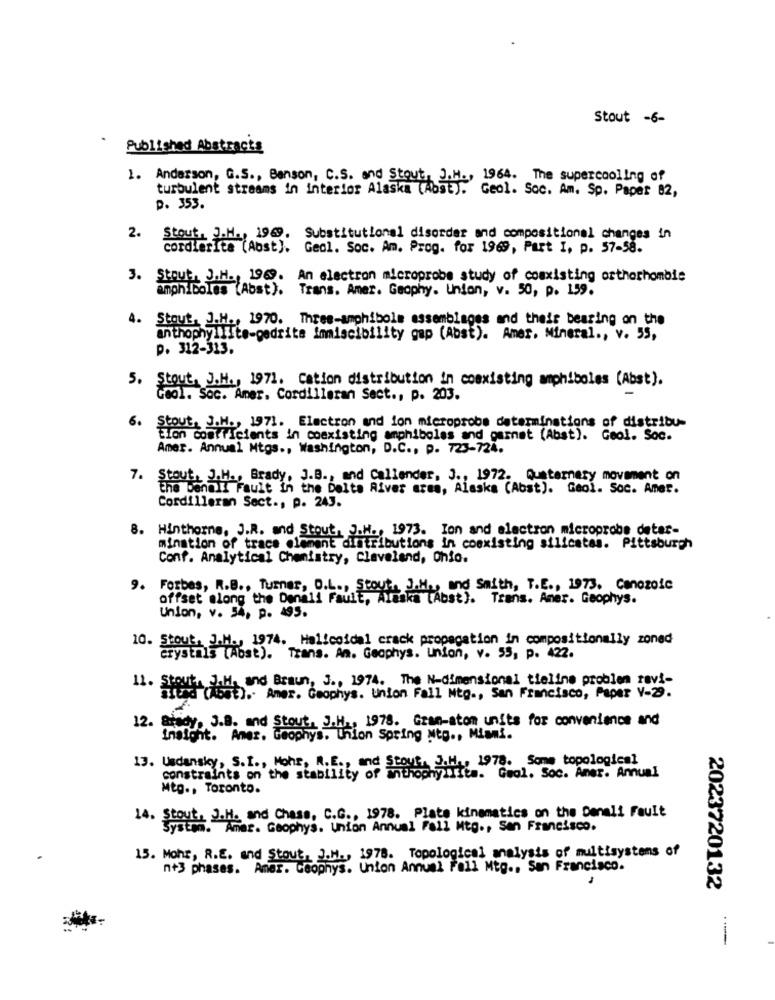
Stout -6-
Published Abstracts
1. Anderson, G.S ., Benson, C.S. and Stout, J.H ., 1964. The supercooling of
turbulent streams in interior Alaska (Aost). Geol. Soc. Am. Sp. Paper 82,
p. 353.
2. Stout, J.H ., 1969. Substitutional disorder and compositionel changes in
cordierIte (Abst). Geol. Soc. Am. Prog. for 1969, Part I. p. 57-58.
3. Stout, J.H ., 1969. An electron microprobe study of coexisting orthorhombie
amphiboles (Abst). Trans. Amer. Geophy. Union, v. 50, p. 159.
4. Stout, J.H ., 1970. Three-amphibols assemblages and their bearing on the
anthophyllite-gedrite imiscibility gap (Abst). Amer. Mineral ., v. 55,
p. 312-313.
5.
Stout, J.H ., 1971. Cation distribution in coexisting amphiboles (Abst).
Cool. Soc. Amer. Cordilleran Sect ., p. 203.
6.
ut, J.H ., 1971. Electron and ion microprobe determinations of distribu-
Elon Comfficients in coexisting amphibolas and garnet (Abst). Geol. Soc.
Amer. Annual Mtgs ., Washington, D.C ., p. 723-724.
7. Stout, J.H ., Brady, J.B ., and Callender, J ., 1972. Quaternary movement on
he benall Fault in the Delta River ares, Alaska (Abst). Gaol. Soc. Amer.
Cordilleran Sect ., p. 243.
8. Hinthorne, J.R. and Stout, J.H ., 1973. Ion and electron microprobe detar-
mination of trace element distributions in coexisting silicates. Pittsburgh
Conf. Analytical Chemistry, Cleveland, Ohio.
9. Forbes, R.B ., Turner, O.L ., Stout, J.H ., and Smith, T.E ., 1973, Cenozoic
offset along the Donald Fault, Alaska [Abst). Trans. Amer. Geophys.
Union, v. 54. p. 495.
J.H ., 1974. Helicoidal crack propagation in compositionally zoned
crystals (Abst). Trans. An. Geophys. Union, v. 55, p. 422.
11. Stout, J.H. and Braun, J ., 1974. The N-dimensional tieline problen ravi-
). Amer. Geophys. Union Fall Ntg ., San Francisco, Paper V-29.
12. Stady, J.B. and Stout, J.H ., 1978. Gran-atom units for convenience and
Insight. Amer. Geophys. Union Spring Ntg ., Miami.
1 .. 1978. Some topological
13. Usdansky, S.I ., Mohs, R. E ., and
constraints on the stability of mthophylitea. Geol. Soc. Amer. Amunl
Mtp ., Toronto.
and Chass, C.C ., 1978. Plate kinematics on the Denali Fault
14. Stat: Amar. Geophys. Union Annual Fall Mtg ., San Francisco.
15. Mohr, R.E. and Stout, J.M ., 1978. Topological analysis of multisystens of
n+3 phases. Aner. Geophys. Union Annuel Fall Mtg ., San Francisco.
2023720132